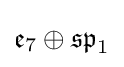
{\mathfrak {e}}_{7}\oplus {\mathfrak {sp}}_{1}